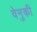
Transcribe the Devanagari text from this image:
वेनुकी